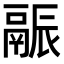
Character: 𬴶